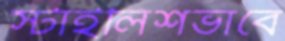
স্টাইলিশভাবে